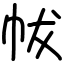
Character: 帗